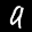
Label: 9